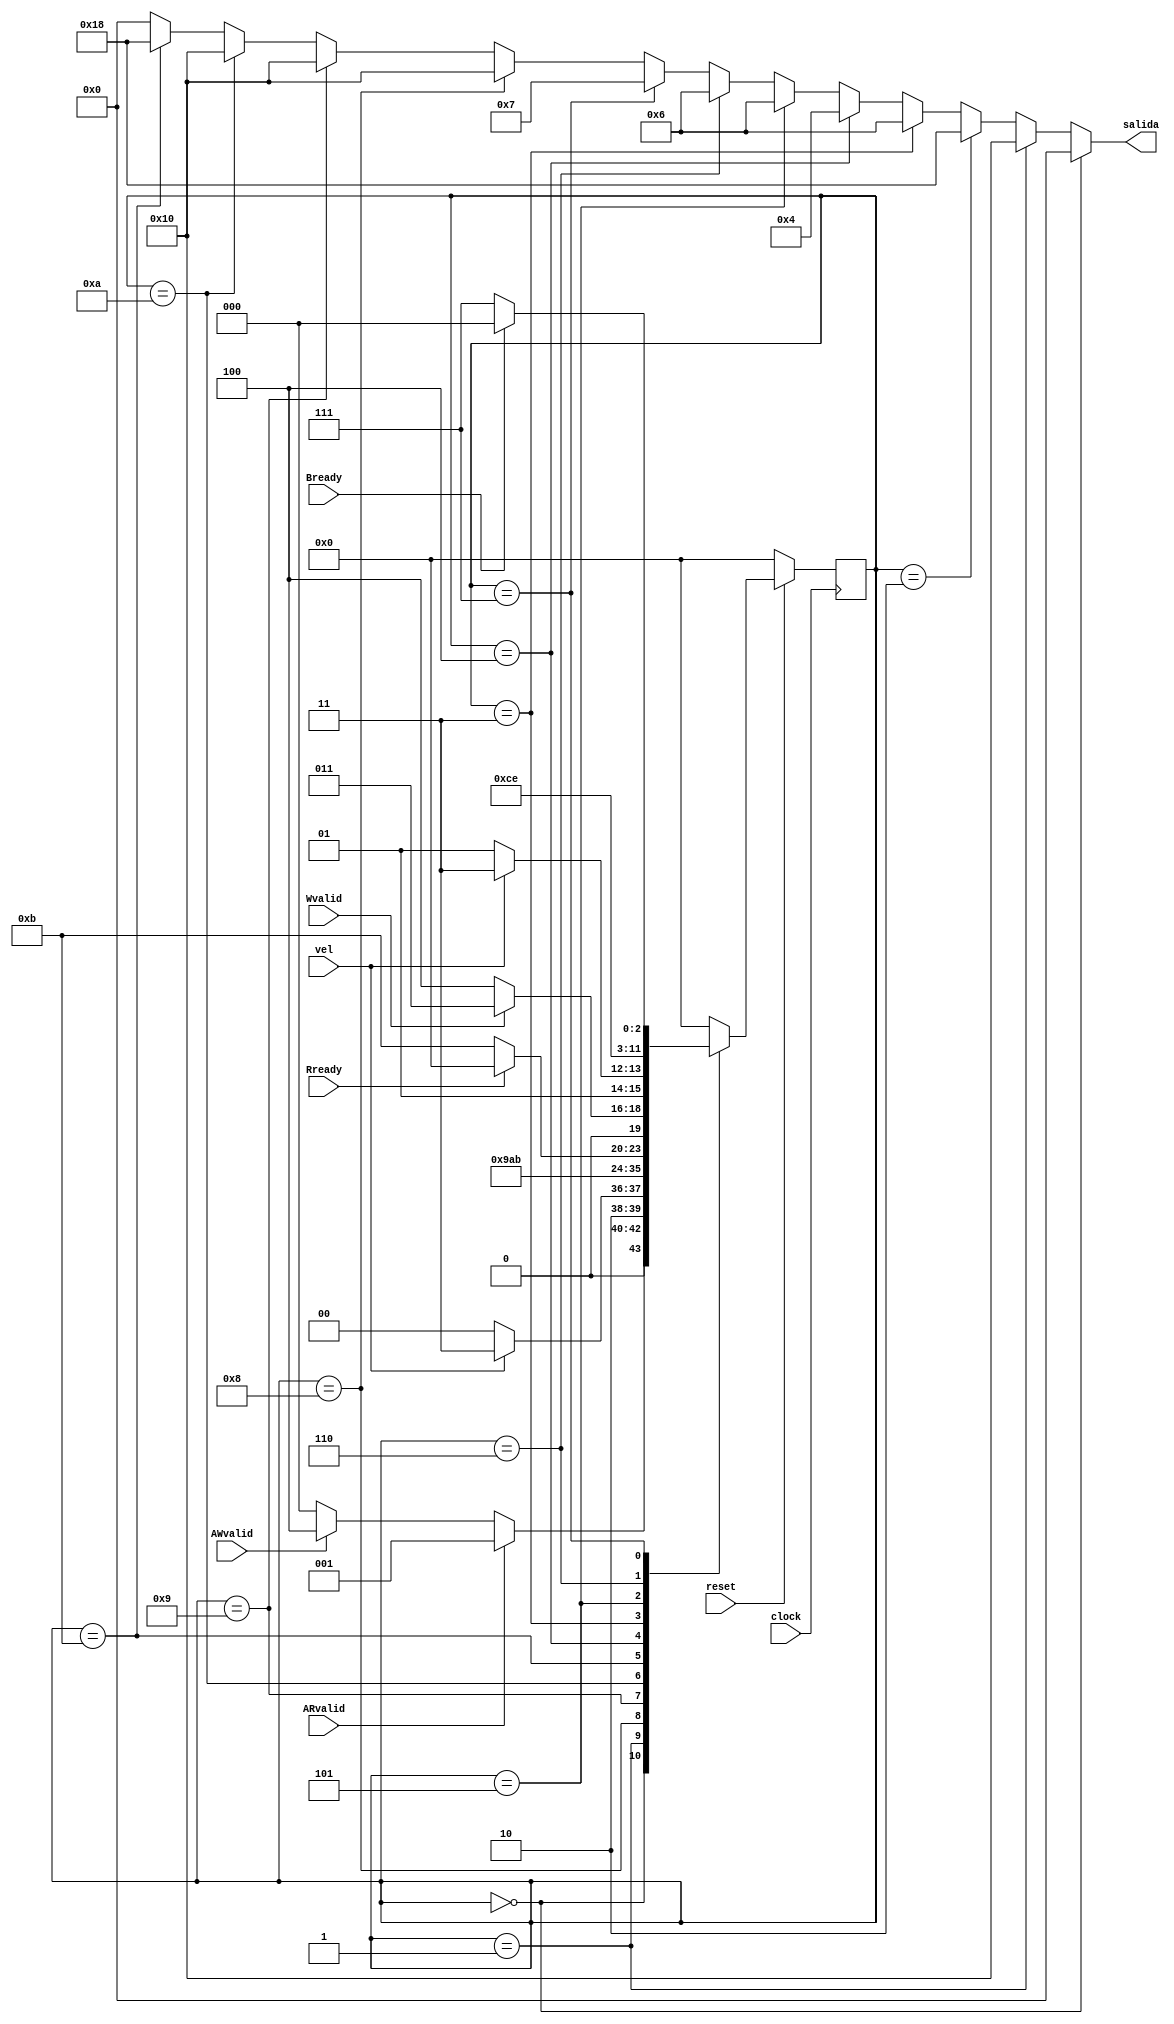
`timescale 1ns / 1ps

//////////////////////////////////////////////////////////////////////////////////
module macstate2(
	 input clock,
    input reset,
    output reg [4:0] salida,
    input AWvalid,
    input Wvalid,Bready,
    input ARvalid,Rready,
    input vel
    );
	
	reg [3:0] state,nexstate;
	parameter reposo = 4'd0000;
   parameter lectura = 4'b0001;
   parameter waitR = 4'b0010;
   parameter escritura = 4'b0011;
   parameter waitW = 4'b0100;
   parameter delay1 = 4'b0101;
	parameter delay2=4'b0110;
	parameter delay3=4'b0111;
	parameter delay4=4'b1000;
	parameter delay5=4'b1001;
	parameter delay6=4'b1010;
	parameter delay7=4'b1011;
	//asignacion estado siguiente
	
	always @(state,ARvalid,AWvalid,Wvalid,Bready,Rready,vel) begin
		case (state)
            reposo : begin
               if (ARvalid) begin
                  nexstate = lectura;
					end
               else if (AWvalid) begin
                  nexstate = waitW;
					end
               else begin
                  nexstate = reposo;
					end
            end
				
            lectura : begin
            	if(!vel) begin
                   nexstate = delay4;
                end
                else begin
                	nexstate=delay7;
                end
                
            end
				
            delay4 : begin
               nexstate=delay5;
            end
				
            delay5 : begin
               nexstate=delay6;
            end
				
				delay6: begin
					nexstate=delay7;
				end
				
				delay7: begin
					if (Rready) begin
						nexstate=reposo;
					end
					else begin
						nexstate=delay7;
					end
				end
				
				waitW : begin
               if (Wvalid) begin
                  nexstate = escritura;
					end
               else begin
                  nexstate = waitW;
					end
            end
				
			escritura : begin
              if (!vel) begin
              	nexstate=delay1;
              end
              else begin
              	nexstate=delay3;
              end
            end
				
				
            delay1 : begin
					nexstate=delay2;
            end
				
				delay2: begin
					nexstate=delay3;
				end
				
				delay3: begin
					if (Bready) begin
						nexstate=reposo;
					end
					else begin
						nexstate=delay3;
					end
				end
					
            default : begin  // Fault Recovery
               nexstate = reposo;
            end   
         endcase
		end
		
		// asignacion sincrona
		always @(posedge clock)
			if(reset == 0) state <= 3'b0;
			else state <= nexstate;
		
		// asignacion salidas
		
		always @(state) begin
			if (state==4'b0)
				salida=5'b00000;
			else if(state==4'b1)
				salida=5'b10000;
			else if (state==4'b010)
				salida=5'b11000;
			else if (state==4'b011)
				salida=5'b00110;
			else if (state==4'b100)
				salida=5'b00100;
			else if (state==4'b101)
				salida=5'b00110;
			else if (state==4'b110)
				salida=5'b00110;
			else if (state==4'b111)
				salida=5'b00111;
			else if (state==4'b1000)
				salida=5'b10000;
			else if (state==4'b1001)
				salida=5'b10000;
			else if (state==4'b1010)
				salida=5'b10000;
			else if (state==4'b1011)
				salida=5'b11000;
			else
				salida=5'b0;
			
			
		end
				
				
		
		

endmodule